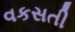
વકસતી